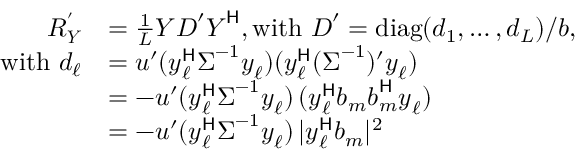
\begin{array} { r l } { \boldsymbol { R _ { Y } ^ { \prime } } } & { = \frac { 1 } { L } \boldsymbol { Y } \boldsymbol { D } ^ { \prime } \boldsymbol { Y } ^ { \sf H } , \mathrm { w i t h ~ } \boldsymbol { D } ^ { \prime } = \mathop { \mathrm { d i a g } } ( d _ { 1 } , \ldots , d _ { L } ) / b , } \\ { \mathrm { w i t h ~ } d _ { \ell } } & { = u ^ { \prime } ( \boldsymbol { y } _ { \ell } ^ { \sf H } \boldsymbol { \Sigma } ^ { - 1 } \boldsymbol { y } _ { \ell } ) ( \boldsymbol { y } _ { \ell } ^ { \sf H } ( \boldsymbol { \Sigma } ^ { - 1 } ) ^ { \prime } \boldsymbol { y } _ { \ell } ) } \\ & { = - u ^ { \prime } ( \boldsymbol { y } _ { \ell } ^ { \sf H } \boldsymbol { \Sigma } ^ { - 1 } \boldsymbol { y } _ { \ell } ) \, ( \boldsymbol { y } _ { \ell } ^ { \sf H } \boldsymbol { b } _ { m } \boldsymbol { b } _ { m } ^ { \sf H } \boldsymbol { y } _ { \ell } ) } \\ & { = - u ^ { \prime } ( \boldsymbol { y } _ { \ell } ^ { \sf H } \boldsymbol { \Sigma } ^ { - 1 } \boldsymbol { y } _ { \ell } ) \, | \boldsymbol { y } _ { \ell } ^ { \sf H } \boldsymbol { b } _ { m } | ^ { 2 } } \end{array}